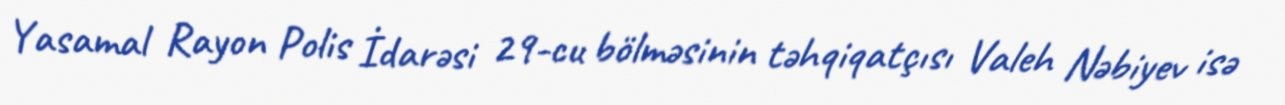
Yasamal Rayon Polis İdarəsi 29-cu bölməsinin təhqiqatçısı Valeh Nəbiyev isə